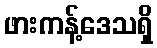
ဖားကန့်ဒေသရှိ